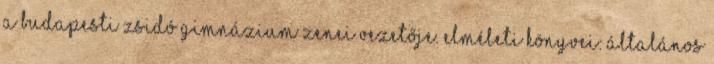
a budapesti Zsidó gimnázium zenei vezetője. Elméleti könyvei: Általános